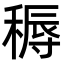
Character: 䅶